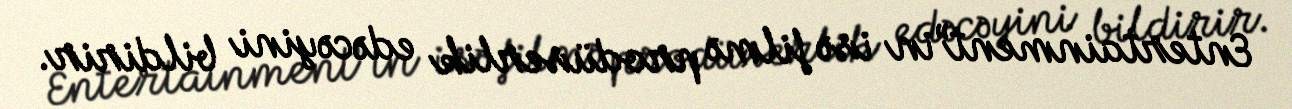
Entertainment”in isə filmə prodüserlik edəcəyini bildirir.